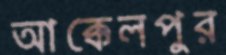
আক্কেলপুর